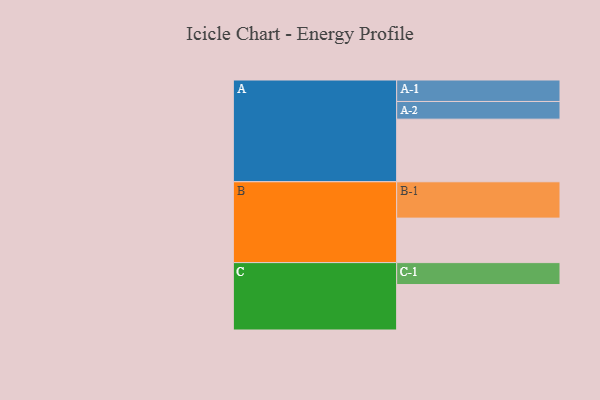
{"axis": {"x": "Segment", "y": "Value"}, "legend": ["", "A", "B", "C"], "data": [{"x": "A", "y": 446, "type": ""}, {"x": "B", "y": 317, "type": ""}, {"x": "C", "y": 324, "type": ""}, {"x": "A-1", "y": 153, "type": "A"}, {"x": "A-2", "y": 126, "type": "A"}, {"x": "B-1", "y": 259, "type": "B"}, {"x": "C-1", "y": 156, "type": "C"}]}